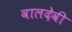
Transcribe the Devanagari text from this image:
वालदेवी